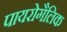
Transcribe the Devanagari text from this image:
पायरोगैलिक